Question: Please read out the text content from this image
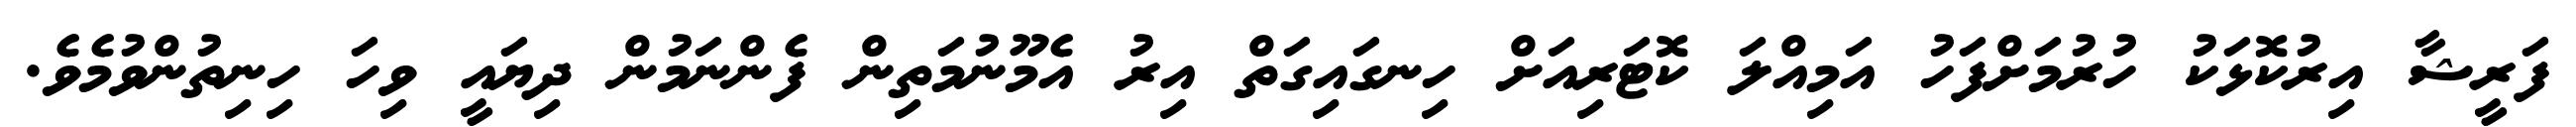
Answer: ފަރީޝާ އިރުކޮޅަކު ހުރުމަށްފަހު އަމިއްލަ ކޮޓަރިއަށް ހިނގައިގަތް އިރު އެމޫނުމަތިން ފެންނަމުން ދިޔައީ ވިހަ ހިނިތުންވުމެވެ.